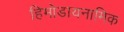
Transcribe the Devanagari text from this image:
हिमोडायनामिक